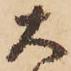
大